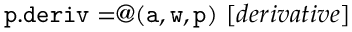
\mathtt { p . d e r i v = } \mathtt { @ ( a , w , p ) } \, \, [ d e r i v a t i v e ]